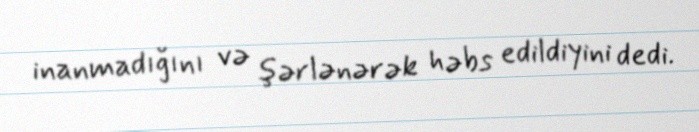
inanmadığını və şərlənərək həbs edildiyini dedi.